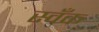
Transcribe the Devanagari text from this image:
स्वँक